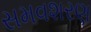
સમવશરણ